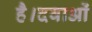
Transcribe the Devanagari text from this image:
है।दवाओं